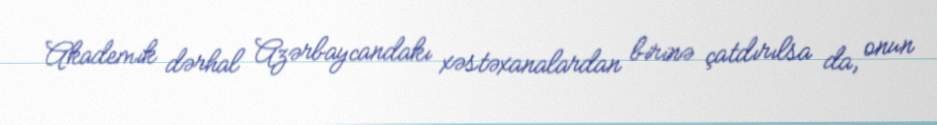
Akademik dərhal Azərbaycandakı xəstəxanalardan birinə çatdırılsa da, onun